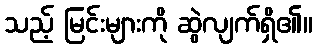
သည့် မြင်းများကို ဆွဲလျက်ရှိ၏။